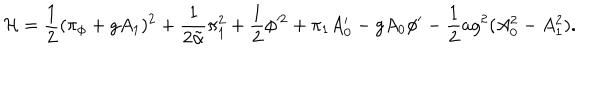
{ \cal H } = { \frac { 1 } { 2 } } ( \pi _ { \phi } + g A _ { 1 } ) ^ { 2 } + { \frac { 1 } { 2 \tilde { \alpha } } } \pi _ { 1 } ^ { 2 } + { \frac { 1 } { 2 } } \phi ^ { 2 } + \pi _ { 1 } A _ { 0 } ^ { \prime } - g A _ { 0 } \phi ^ { \prime } - { \frac { 1 } { 2 } } a g ^ { 2 } ( A _ { 0 } ^ { 2 } - A _ { 1 } ^ { 2 } ) .